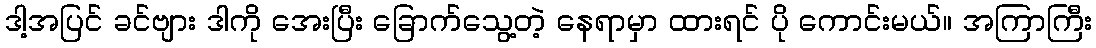
ဒါ့အပြင် ခင်ဗျား ဒါကို အေးပြီး ခြောက်သွေ့တဲ့ နေရာမှာ ထားရင် ပို ကောင်းမယ်။ အကြာကြီး